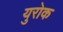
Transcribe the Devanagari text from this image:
युरोक